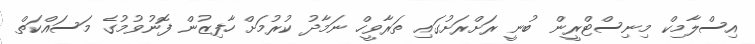
އިސްލާމިކް މިނިސްޓްރީން ބުނީ ރަށްރަށުގައި ތަރާވީހް ނަމާދު ކުރުމަށް ހާފިޒުން ފޮނުވުމުގެ މަސައްކަތް